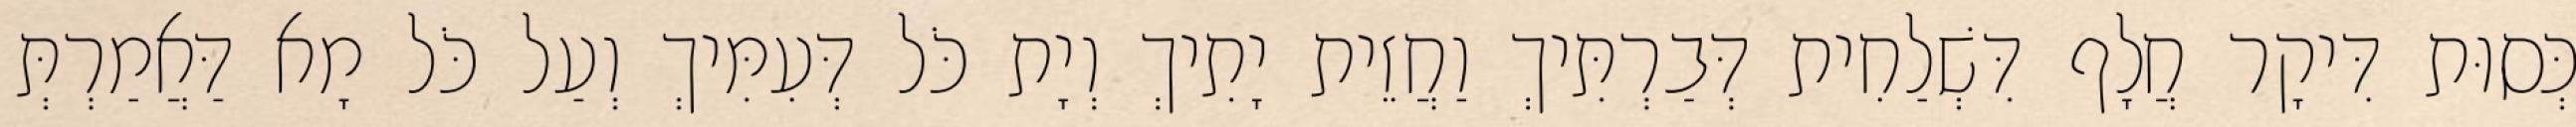
כְּסוּת דִּיקָר חֲלָף דִּשְׁלַחִית דְּבַרְתִּיךְ וַחֲזֵית יָתִיךְ וְיָת כֹּל דְּעִמִּיךְ וְעַל כֹּל מָא דַּאֲמַרְתְּ